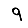
Digit: 9